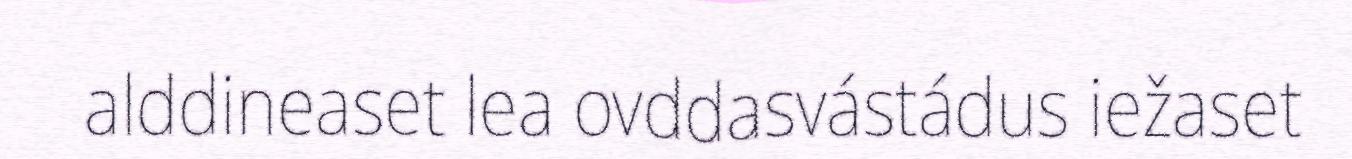
alddineaset lea ovddasvástádus iežaset